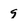
Character: 9